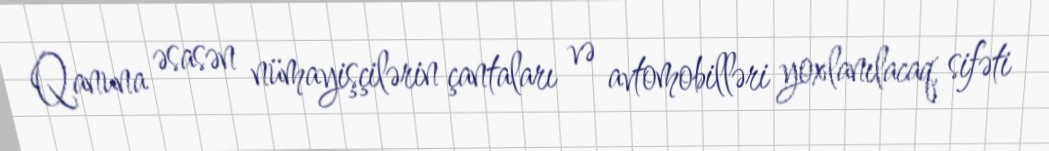
Qanuna əsasən nümayişçilərin çantaları və avtomobilləri yoxlanılacaq, sifəti